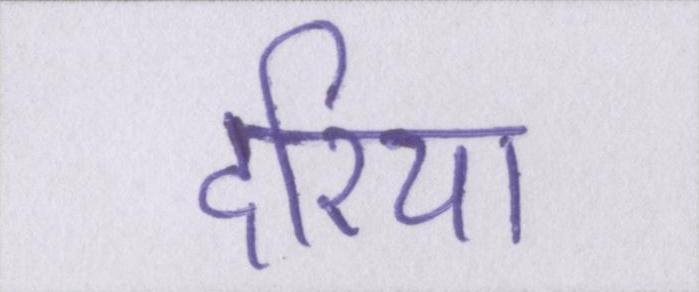
दरिया